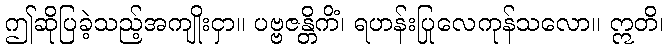
ဤဆိုပြခဲ့သည့်အကျိုးငှာ။ ပဗ္ဗဇန္တိကိံ၊ ရဟန်းပြုလေကုန်သလော။ ဣတိ၊